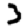
Digit: 3